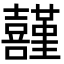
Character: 𡅸